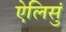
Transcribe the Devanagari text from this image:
ऐलिसुं